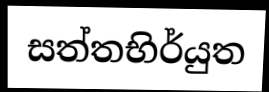
සත්තභිර්යුත